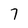
Character: 7